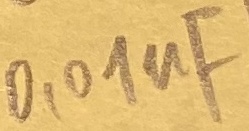
Text: 0,01µF